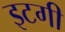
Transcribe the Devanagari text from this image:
इटगी